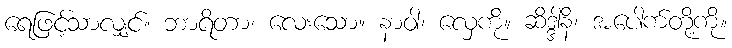
ရေဖြင့်သာလျှင်။ ဘာရိတာ၊ လေးသော။ နာဝါ၊ လှေကို။ ဆိဒ္ဒါနိ၊ အပေါက်တို့ကို။